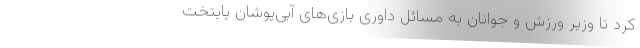
کرد تا وزیر ورزش و جوانان به مسائل داوری بازی‌های آبی‌پوشان پایتخت